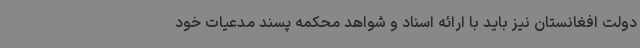
دولت افغانستان نیز باید با ارائه اسناد و شواهد محکمه پسند مدعیات خود